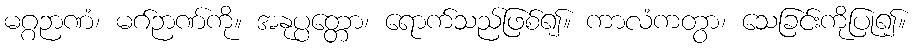
မဂ္ဂဉာဏံ၊ မဂ်ဉာဏ်ကို။ အနုပ္ပတ္တော၊ ရောက်သည်ဖြစ်၍။ ကာလံကတွာ၊ သေခြင်းကိုပြု၍။